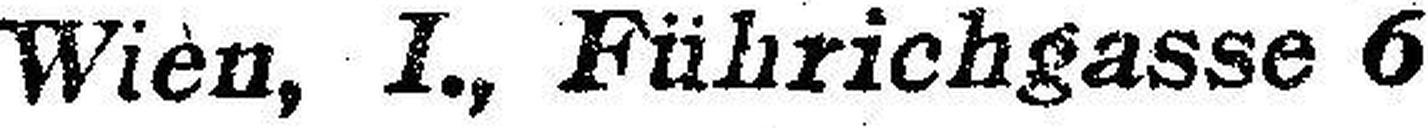
Wien, I., Führichgasse 6